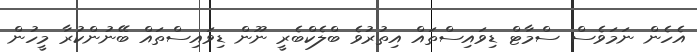
އެހެން ނަމަވެސް ސްމާޓް ޑިވައިސްތައް އިތުރުވެ ބްލެކްބެރީ ނޫން ޑިވައިސްތައް ބޭނުންކުރާ މީހުން